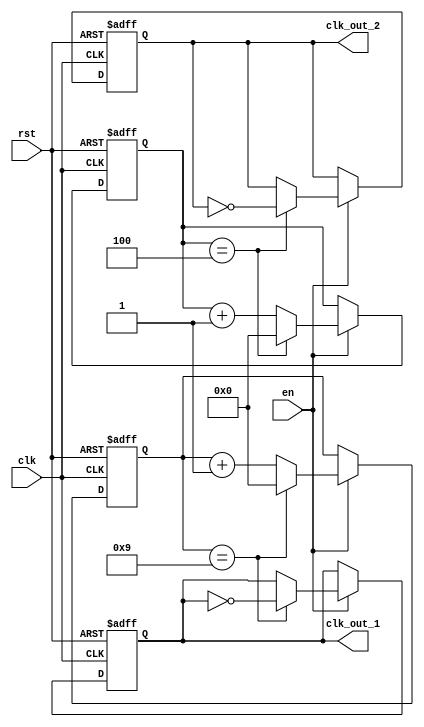
module dual_modulus_clock_divider (
  input wire clk,
  input wire rst,
  input wire en,
  output reg clk_out_1,
  output reg clk_out_2
);

reg [7:0] counter_1;
reg [7:0] counter_2;
parameter MOD1 = 10; // Modulus value for divider 1
parameter MOD2 = 5; // Modulus value for divider 2

always @(posedge clk or posedge rst) begin
  if (rst) begin
    counter_1 <= 0;
    counter_2 <= 0;
    clk_out_1 <= 0;
    clk_out_2 <= 0;
  end else begin
    if (en) begin
      if (counter_1 == MOD1-1) begin
        counter_1 <= 0;
        clk_out_1 <= ~clk_out_1;
      end else begin
        counter_1 <= counter_1 + 1;
      end
      
      if (counter_2 == MOD2-1) begin
        counter_2 <= 0;
        clk_out_2 <= ~clk_out_2;
      end else begin
        counter_2 <= counter_2 + 1;
      end
    end
  end
end

endmodule